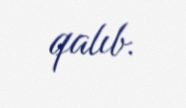
qalıb.